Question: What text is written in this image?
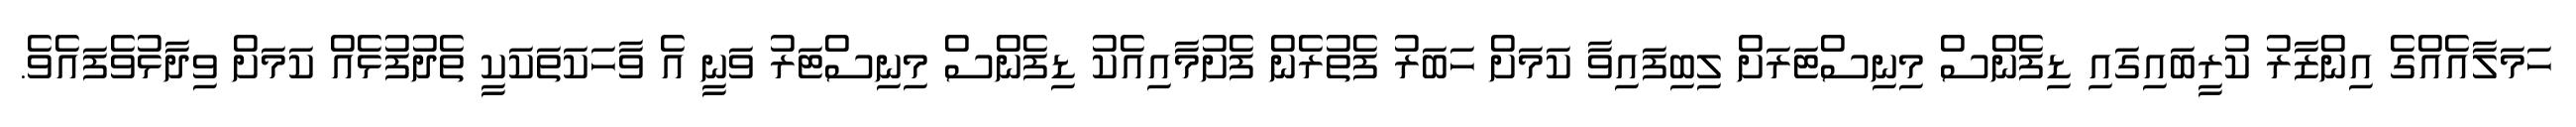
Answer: ހަމަލާއެއްގެ އިންޒާރު ކުރީބައިގައި ޑިފެންސް މިނިސްޓަރަށް ލިބިފައިވާ ކަމަށް ހަބަރު ފެތުރެން ފެށުމާއިއެކު ޑިފެންސް މިނިސްޓަރު ވަނީ އެ ވާހަކަތަކަކީ ތެދުފުޅެއް ކަމަށް ވިދާޅުވެފައެވެ.